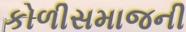
કોળીસમાજની